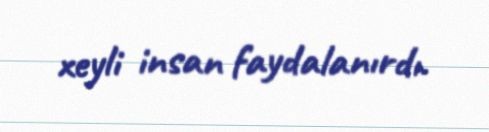
xeyli insan faydalanırdı.